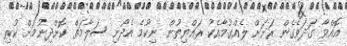
އޮއްވާ ގަދަވެގެން ރަށަށް ލެއްގުމާއެކު ރައްޔިތުން ނިކުމެ އެދޯނި ސަލާމަތް ކޮށްދިނުމަށް ކުރި